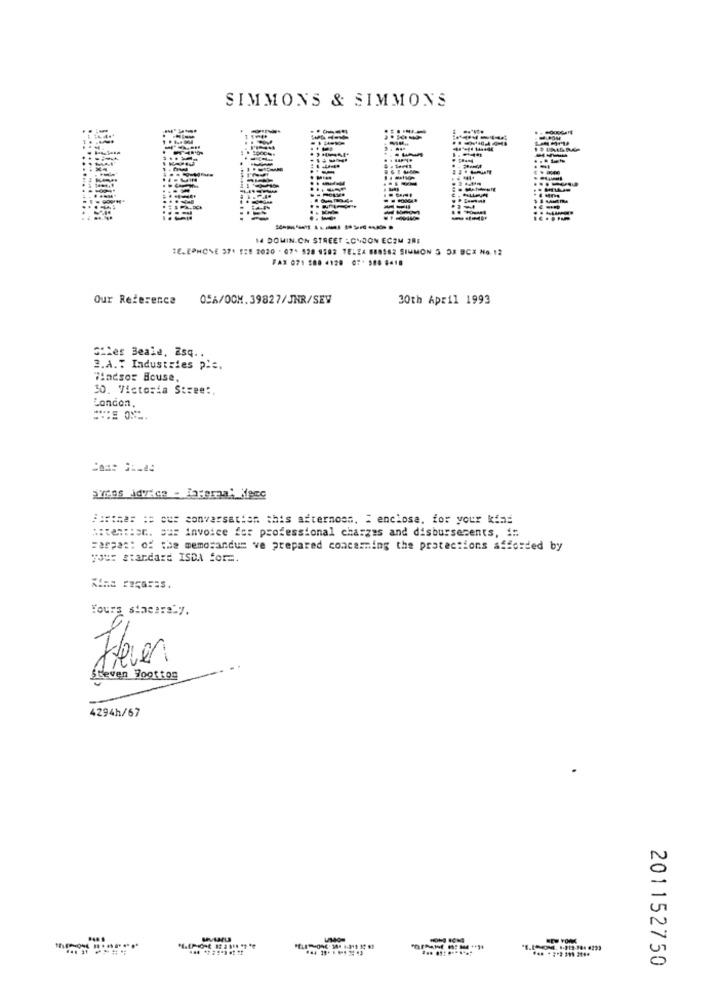
SIMMONS & SIMMONS
14 DOWIN.CN STREET -ONOON ECZM 281
TELEPHONE 371 128 2020 . 07. 528 1282 TELEA 688562 SIMMON 3 DE BCX No. 12
FAX 071 580 4120 07* 500 0418
Our Reference
OSA/OCH.39827/JHR/SEW
30th April 1993
Giles Beale, Esq ..
3.A .: Industries p.c.
Windsor acuse,
30. Victoria Street,
London,
P:cine: : our conversation this afternoon. " enclose. for your kind
A:testHer. our invoice for professional charges and disbursements, i
=aspas: of the memorandum ve prepared concerning the protections afforded by
you: standard ISDA for =.
Kind roçarES.
Yours sincers.y.
Flever.
Steven Toottos
4294h/67
N
0
201152750